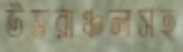
উত্তরাঞ্চলসহ